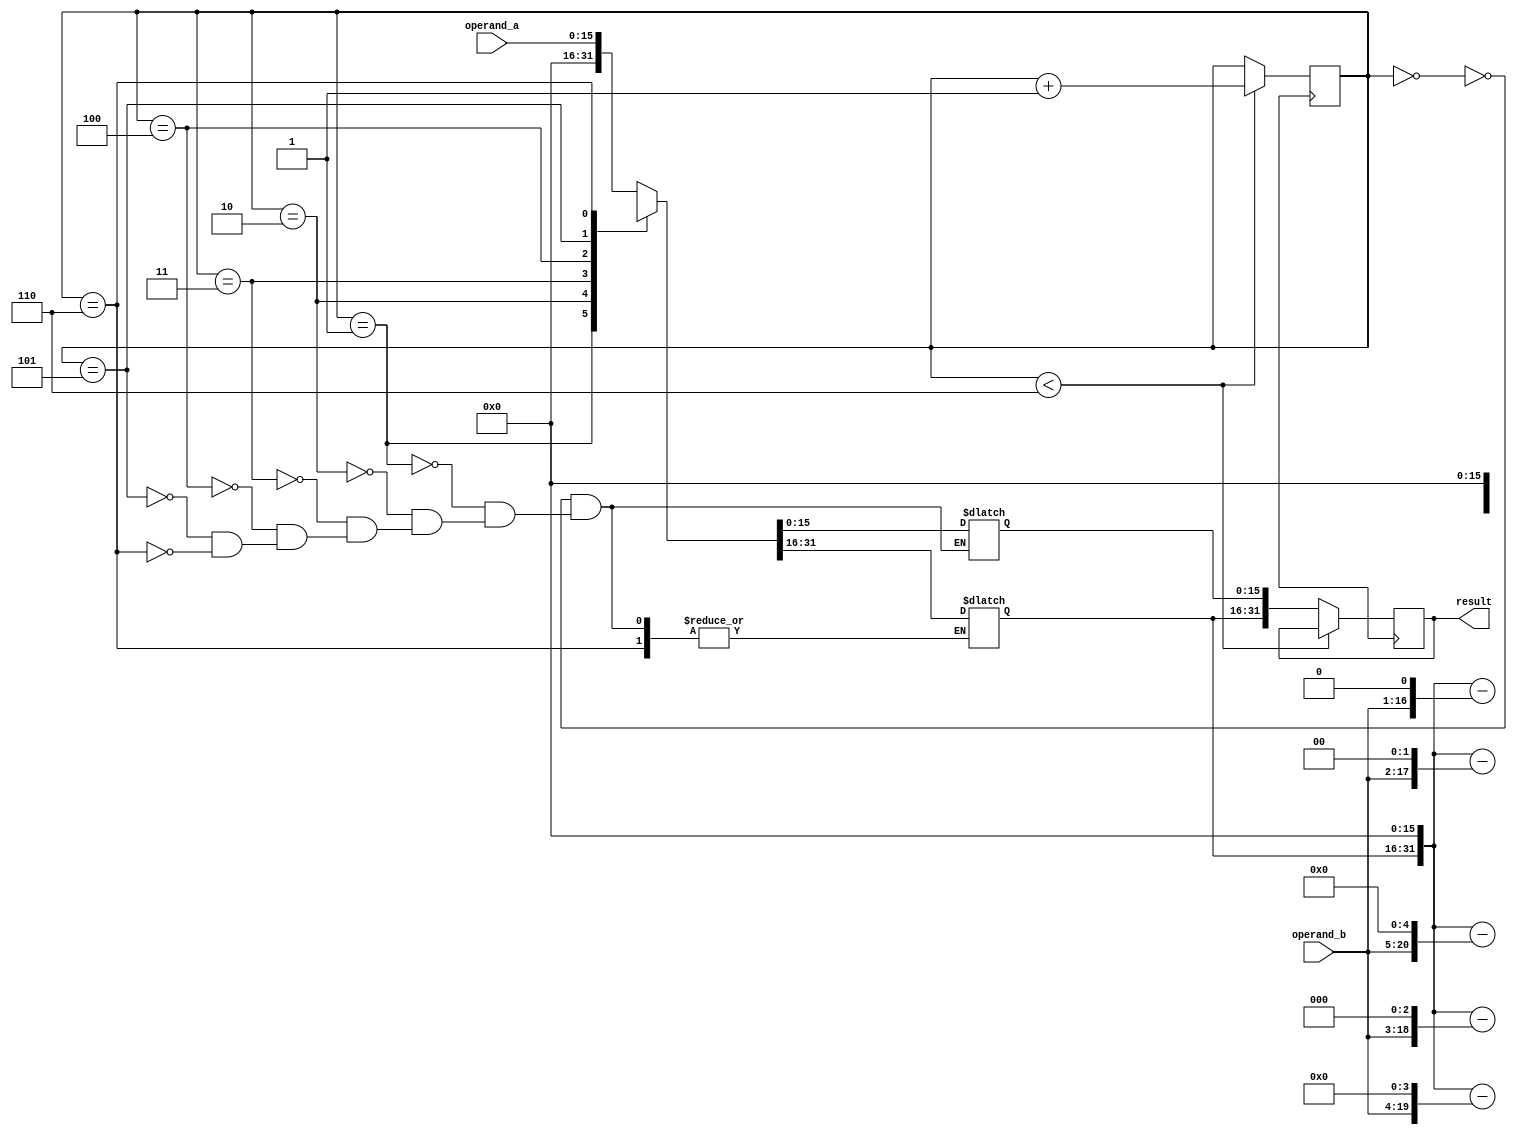
module booth_multiplier(
  input wire [15:0] operand_a,
  input wire [15:0] operand_b,
  output reg [31:0] result
);

reg [31:0] partial_product;
reg [4:0] count;

always @(*) begin
  case(count)
    0: partial_product = {16'b0, operand_a};
    1: partial_product = {partial_product[31], partial_product[31:16], 16'b0} - (operand_b << 1);
    2: partial_product = {partial_product[31], partial_product[31:16], 16'b0} - (operand_b << 2);
    3: partial_product = {partial_product[31], partial_product[31:16], 16'b0} - (operand_b << 3);
    4: partial_product = {partial_product[31], partial_product[31:16], 16'b0} - (operand_b << 4);
    5: partial_product = {partial_product[31], partial_product[31:16], 16'b0} - (operand_b << 5);
    6: partial_product = {partial_product[31], partial_product[31:16], 16'b0};
  endcase
end

always @(posedge clock) begin
  if(count < 6)
    count <= count + 1;
  else
    result <= partial_product;
end

endmodule